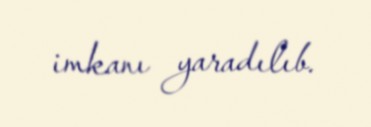
imkanı yaradılıb.